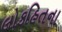
લોકહિતના